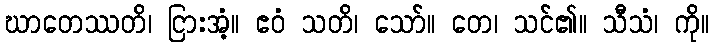
ဃာတေဿတိ၊ ငြားအံ့။ ဧဝံ သတိ၊ သော်။ တေ၊ သင်၏။ သီသံ၊ ကို။